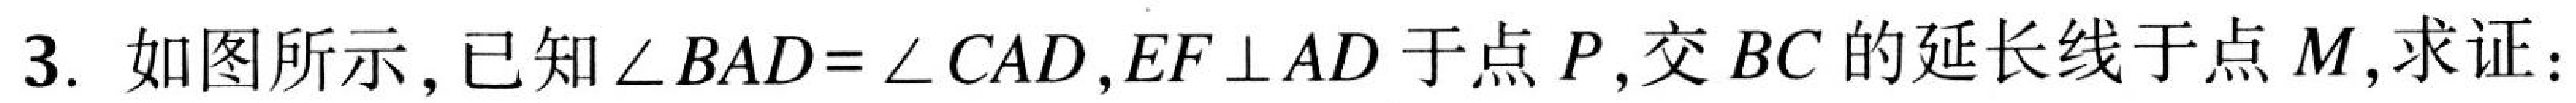
3. 如图所示,已知\(\angle BAD = \angle CAD\), \(EF\perp AD\)于点\(P\),交\(BC\)的延长线于点\(M\),求证: